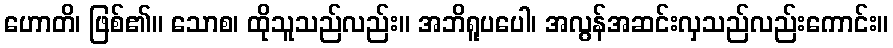
ဟောတိ၊ ဖြစ်၏။ သောစ၊ ထိုသူသည်လည်း။ အဘိရူပပေါ၊ အလွန်အဆင်းလှသည်လည်းကောင်း။